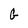
Character: G